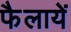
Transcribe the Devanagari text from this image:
फैलायें